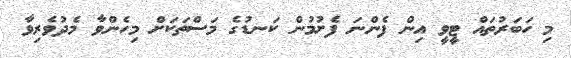
މި ހަބަރުތައް ޓީވީ އިން ފެންނަ ފެށުމުން ކަނޑުގެ މަސްތަކަށް މިހެންވާ މެދުވެރިވާ